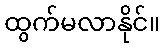
ထွက်မလာနိုင်။